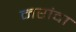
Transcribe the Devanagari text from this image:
मरांदा